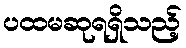
ပထမဆုရရှိသည့်